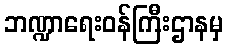
ဘဏ္ဍာရေးဝန်ကြီးဌာနမှ